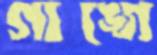
গাঙ্গে